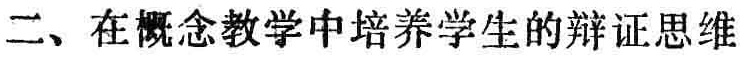
二、在概念教学中培养学生的辩证思维